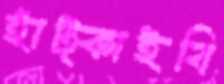
হাঁট্‌কাইবি